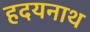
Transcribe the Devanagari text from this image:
हदयनाथ